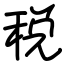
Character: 税